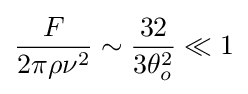
{\frac {F}{2\pi \rho \nu ^{2}}}\sim {\frac {32}{3\theta _{o}^{2}}}\ll 1